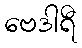
ဗေဒါရီ